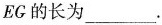
EG的长为___.